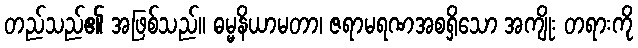
တည်သည်၏ အဖြစ်သည်။ ဓမ္မနိယာမတာ၊ ဇရာမရဏအစရှိသော အကျိုး တရားကို